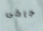
جاكى